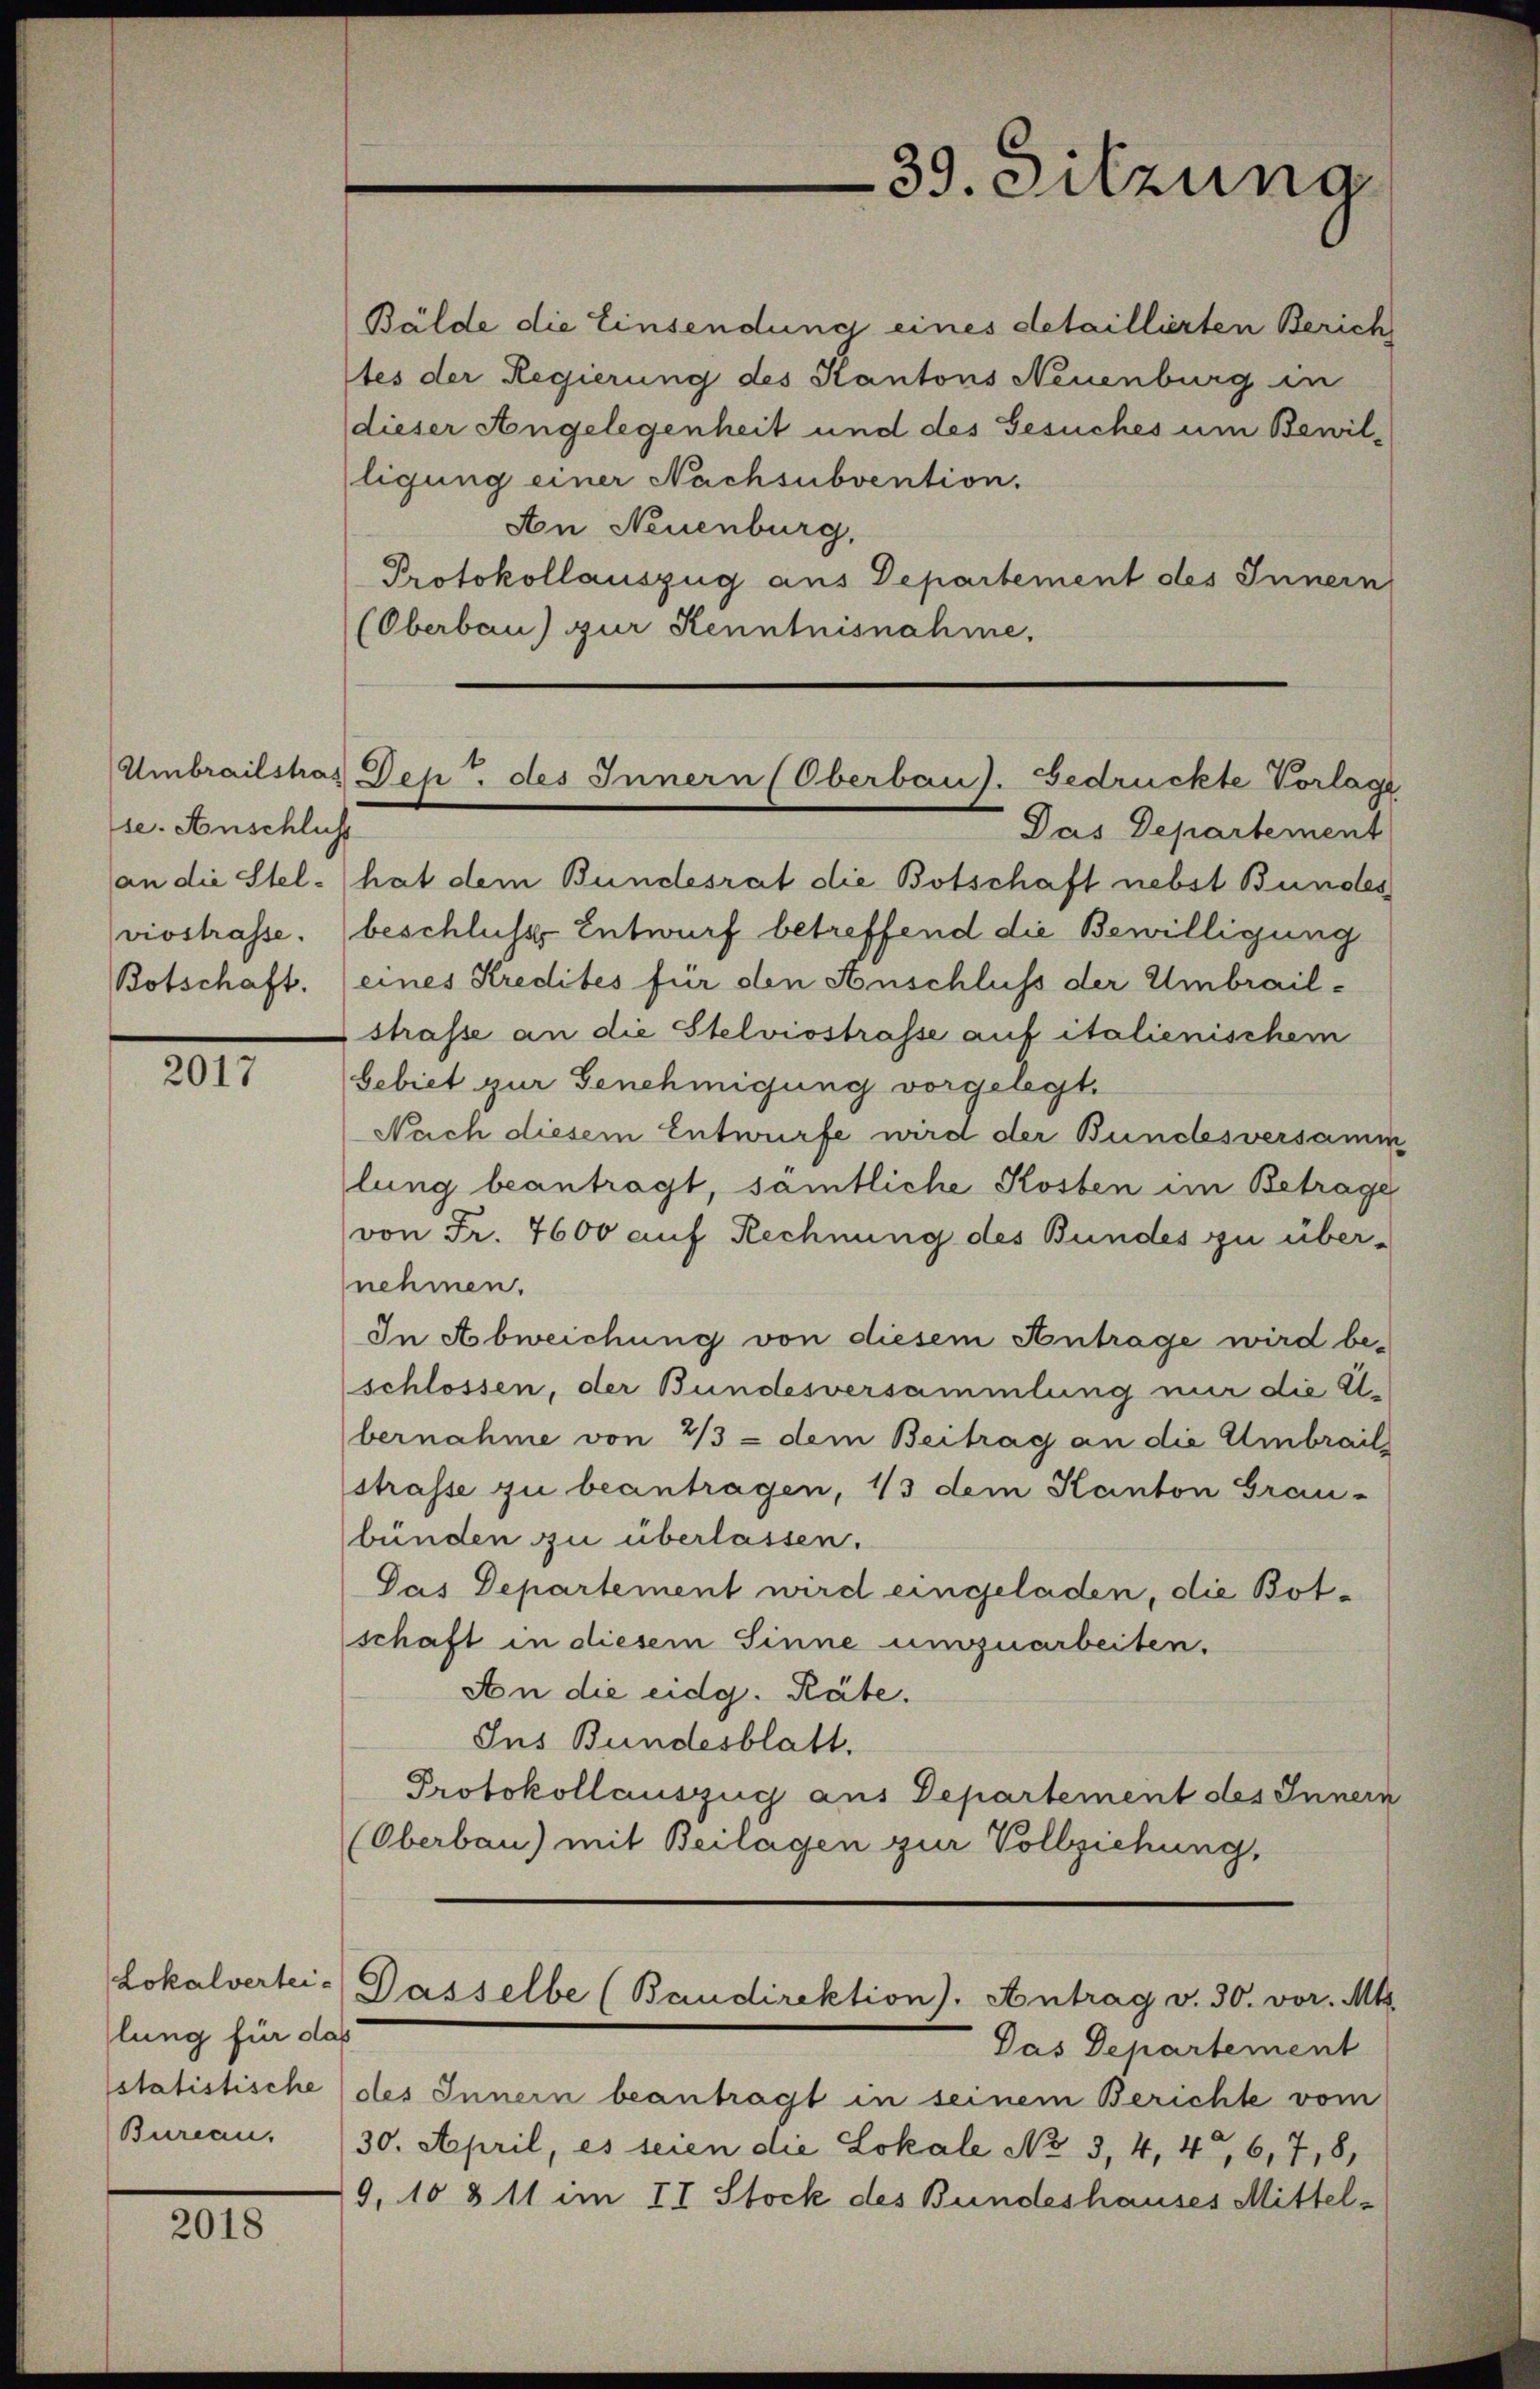
se. Anschluss
viostrasse.

2017

Lokalvertei-
lung für das

2018

Bälde die Einsendung eines detaillierten Zürich
tes der Regierung des Kantons Neuenburg in
dieser Angelegenheit und des Gesuches um Bewilligung einer Nachsubvention.
An Neuenburg,
Protokollauszug aus Departement des Innern
(Oberbau) zur Kenntnisnahme,

39. Sitzung

Umbrailstras Dep. des Innern (Oberbau). Gedrückte Vorlage

Das Departement
an die Stel- (hat dem Bundesrat die Botschaft nebst Bundes
beschlusse Entwurf betreffend die Bewilligung
Botschaft. (eines Kredites für den Anschluss der Umbrailstrasse an die Stelviostrasse auf italienischem
bebiet zur Genehmigung vorgelegt.
Nach diesem Entwurfe wird der Bundesversamm
lung beantragt, sämtliche Kosten im Betrage
von Fr. 7600 auf Rechnung des Bundes zu über-
nehmen.
In Abweichung von diesem Antrage wird beschlossen, der Bundesversammlung nur die Elbernahme von 2/3 - dem Beitrag an die Umbrail
strasse zu beantragen, 13 dem Kanton Grau-
bünden zu überlassen.
Das Departement wird eingeladen, die Botschaft in diesem Sinne umzuarbeiten.
An die eidg. Räte.
Ins Bundesblatt.
Protokollauszug aus Departement des Innern
(Oberbau) mit Beilagen zur Vollziehung,

Dasselbe (Baudirektion). Antrag v. 30. vor. Mts.

Das Departement
statistische des Innern beantragt in seinem Berichte vom
Bureau. 30. April, es seien die Lokale No 3, 4, 4, 6, 78,
9, 10 & 11 im II Stock des Bundeshauses Mittel¬